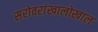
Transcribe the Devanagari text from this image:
सरोवरांखालोखाल